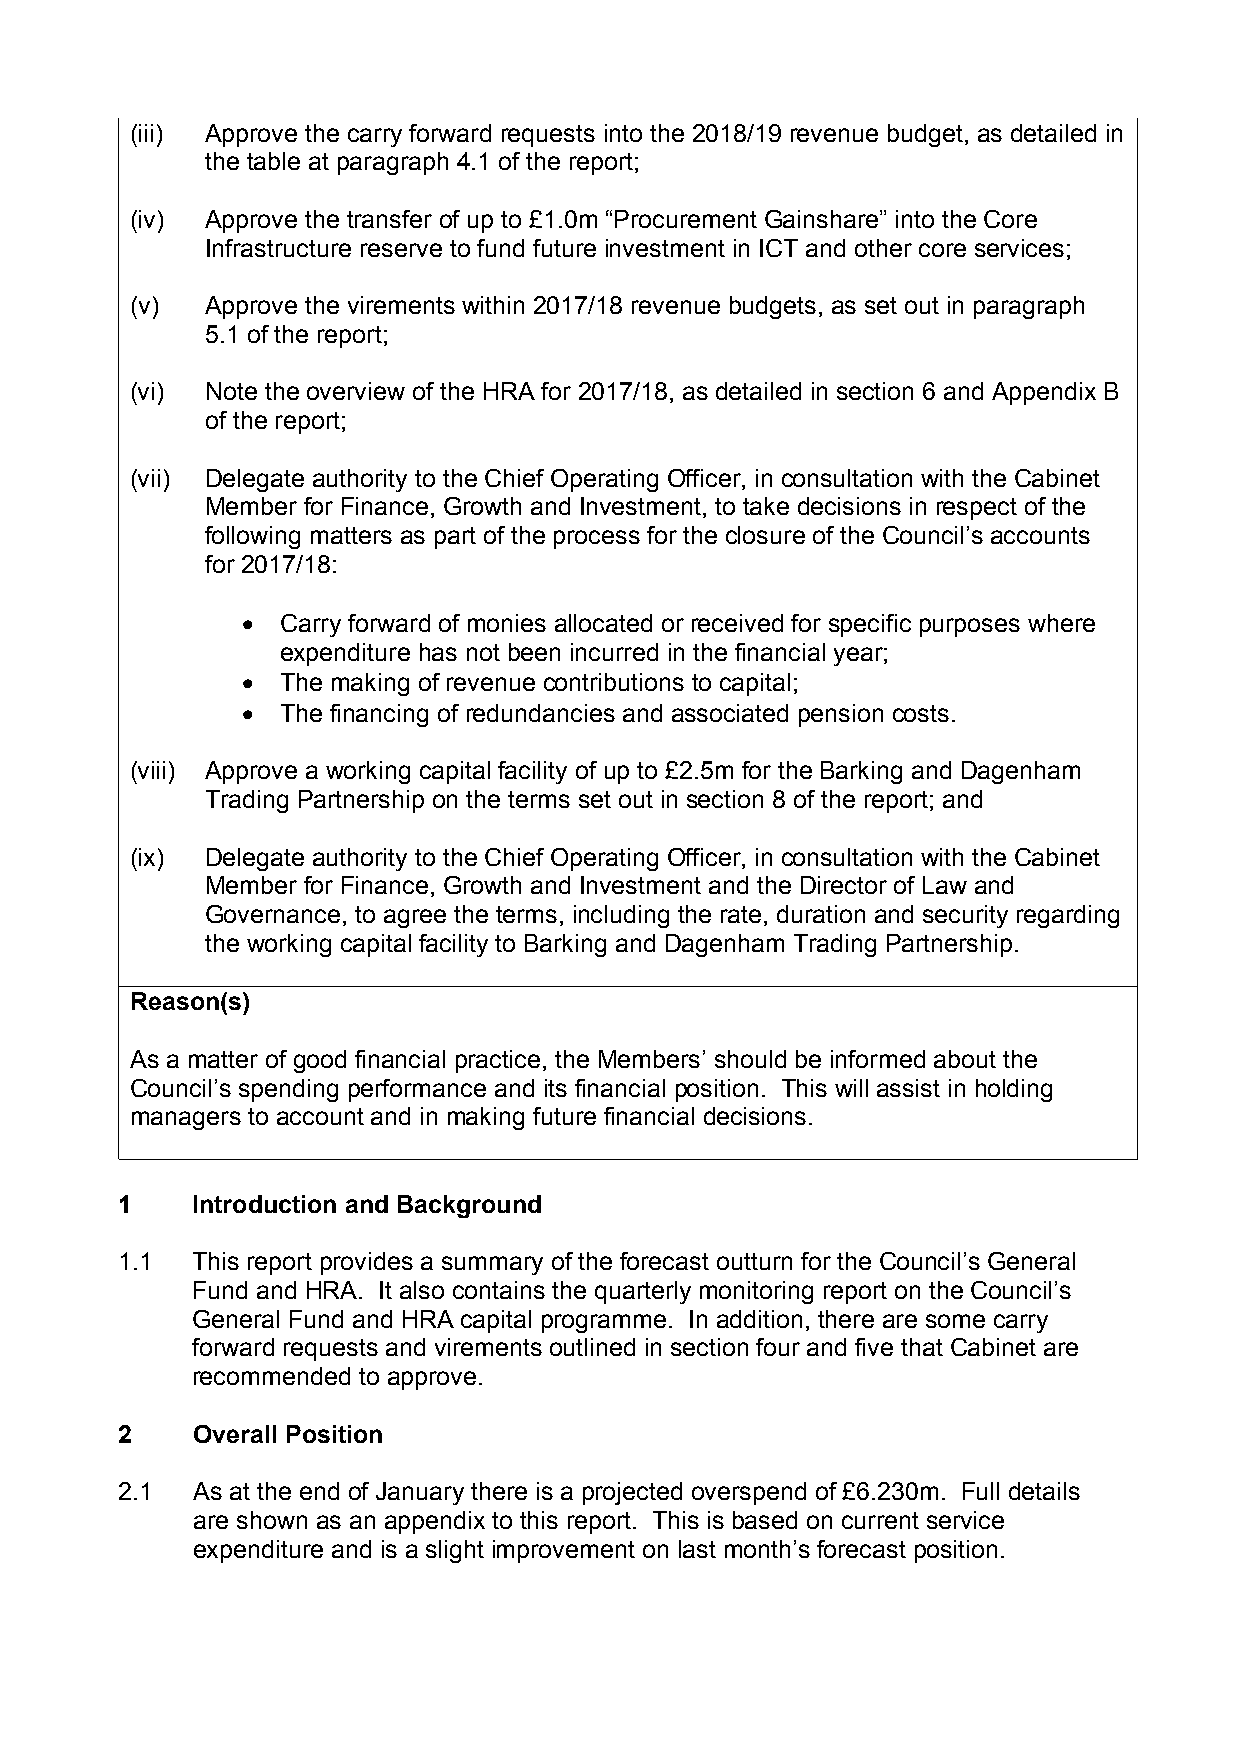
(iii) Approve the carry forward requests into the 2018/19 revenue budget, as detailed in
 the table at paragraph 4.1 of the report;
 (iv) Approve the transfer of up to £1.0m “Procurement Gainshare” into the Core
 Infrastructure reserve to fund future investment in ICT and other core services;
 (v)  Approve the virements within 2017/18 revenue budgets, as set out in paragraph
 5.1 of the report;
 (vi) Note the overview of the HRA for 2017/18, as detailed in section 6 and Appendix B
 of the report;
 (vii) Delegate authority to the Chief Operating Officer, in consultation with the Cabinet
 Member for Finance, Growth and Investment, to take decisions in respect of the
 following matters as part of the process for the closure of the Council’s accounts
 for 2017/18:
   Carry forward of monies allocated or received for specific purposes where
 expenditure has not been incurred in the financial year;
   The making of revenue contributions to capital;
   The financing of redundancies and associated pension costs.
 (viii) Approve a working capital facility of up to £2.5m for the Barking and Dagenham
 Trading Partnership on the terms set out in section 8 of the report; and
 (ix) Delegate authority to the Chief Operating Officer, in consultation with the Cabinet
 Member for Finance, Growth and Investment and the Director of Law and
 Governance, to agree the terms, including the rate, duration and security regarding
 the working capital facility to Barking and Dagenham Trading Partnership.
 Reason(s)
 As a matter of good financial practice, the Members’ should be informed about the
 Council’s spending performance and its financial position. This will assist in holding
 managers to account and in making future financial decisions.
 1    Introduction and Background
 1.1  This report provides a summary of the forecast outturn for the Council’s General
 Fund and HRA. It also contains the quarterly monitoring report on the Council’s
 General Fund and HRA capital programme. In addition, there are some carry
 forward requests and virements outlined in section four and five that Cabinet are
 recommended to approve.
 2    Overall Position
 2.1  As at the end of January there is a projected overspend of £6.230m. Full details
 are shown as an appendix to this report. This is based on current service
 expenditure and is a slight improvement on last month’s forecast position.